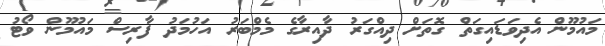
މައުމޫން އެދިވަޑައިގަތް ގޮތަށް ދިއްގަރު ދާއިރާގެ މެމްބަރު އަހުމަދު ފާރިސް މައުމޫން ވޯޓު